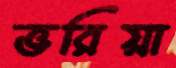
ভরিয়া